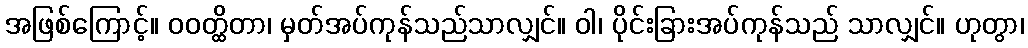
အဖြစ်ကြောင့်။ ဝဝတ္ထိတာ၊ မှတ်အပ်ကုန်သည်သာလျှင်။ ဝါ၊ ပိုင်းခြားအပ်ကုန်သည် သာလျှင်။ ဟုတွာ၊